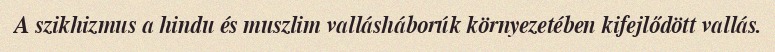
A szikhizmus a hindu és muszlim vallásháborúk környezetében kifejlődött vallás.